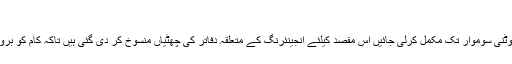
(خبر جاری ہے)
ٹیکنکل بولیوں کی سکروٹنی سوموار تک مکمل کرلی جائیں اس مقصد کیلئے انجینئرنگ کے متعلقہ دفاتر کی چھٹیاں منسوخ کر دی گئی ہیں تاکہ کام کو بروقت مکمل کیا جا سکے۔